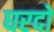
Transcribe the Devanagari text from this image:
घरदो